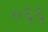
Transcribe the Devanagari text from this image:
०६६